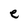
Character: e